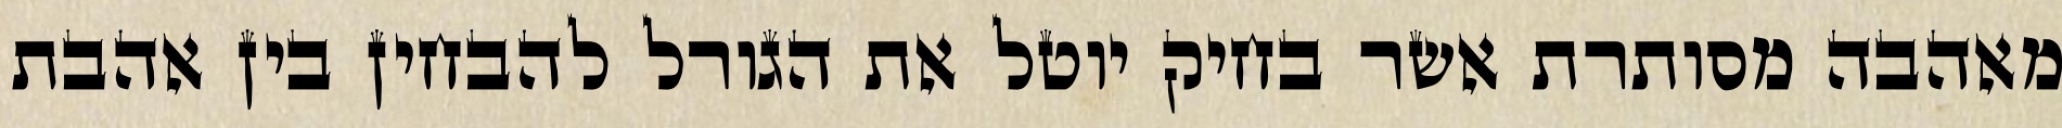
מאהבה מסותרת אשר בחיק יוטל את הגורל להבחין בין אהבת